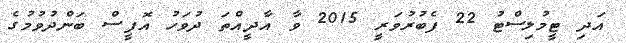
އަދި ޓީމުލިސްޓު 22 ފެބުރުވަރީ 2015 ވާ އާދީއްތަ ދުވަހު އޮފީސް ބަންދުވުމުގެ